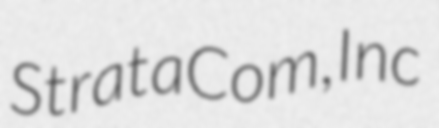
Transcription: StrataCom, Inc